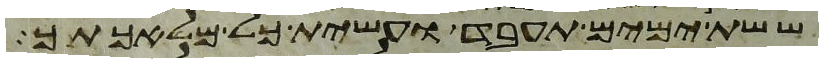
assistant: ששת ימים תעבד ועשית כל מלאכתך